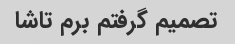
تصمیم گرفتم برم تاشا